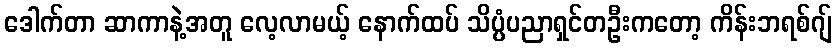
ဒေါက်တာ ဆာကာနဲ့အတူ လေ့လာမယ့် နောက်ထပ် သိပ္ပံပညာရှင်တဦးကတော့ ကိန်းဘရစ်ဂျ်